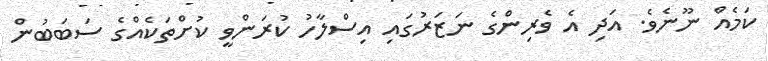
ކަމެއް ނޫނެވެ. އަދި އެ ވެރިންގެ ނަޒަރުގައި އިސްލާހު ކުރަންވީ ކުށްތަކެއްގެ ސަބަބުން